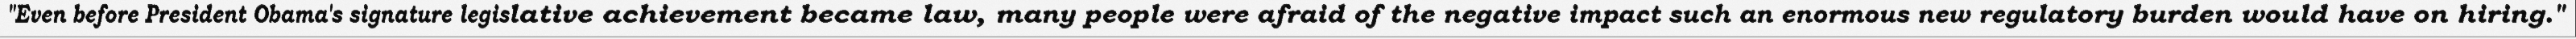
"Even before President Obama's signature legislative achievement became law, many people were afraid of the negative impact such an enormous new regulatory burden would have on hiring."